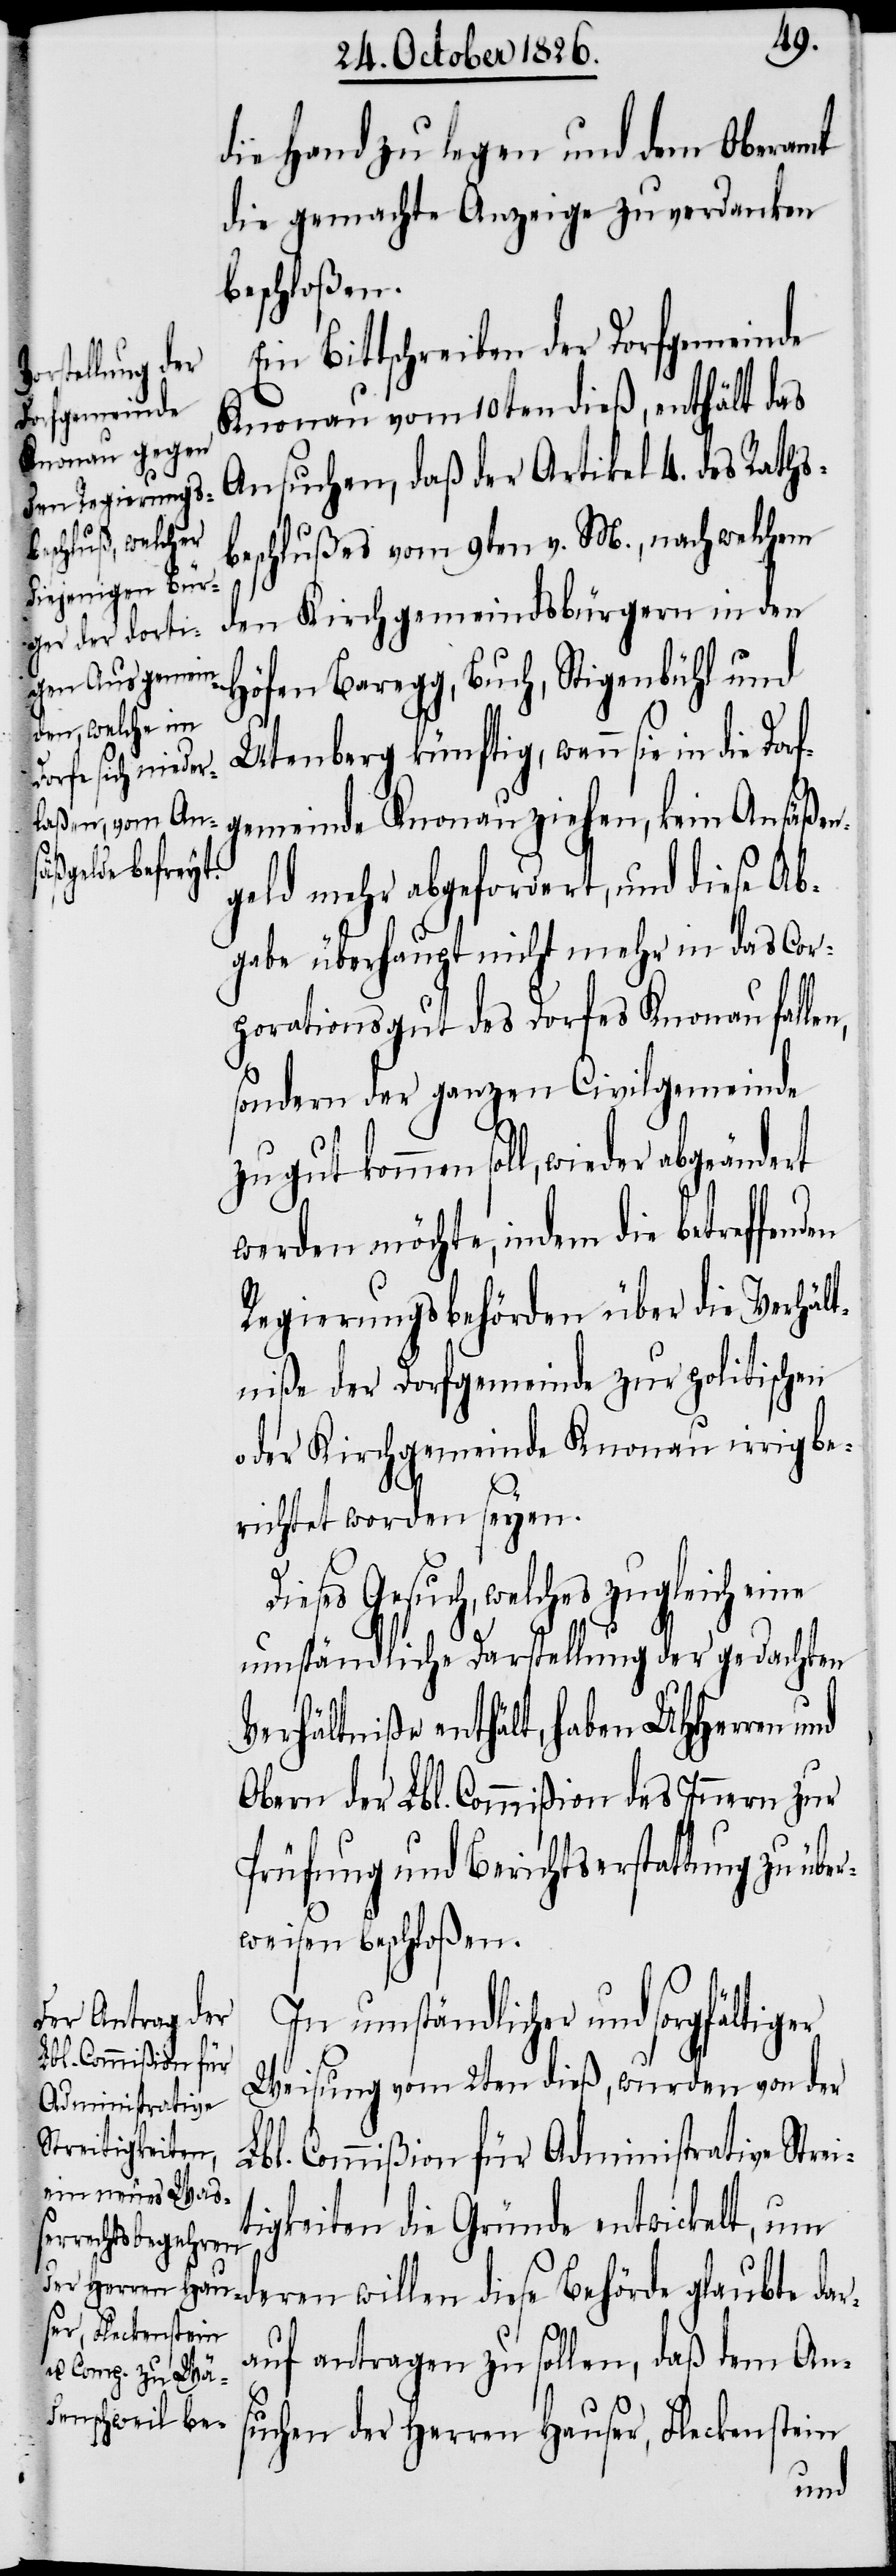
die Hand zu legen und dem Oberamt
die gemachte Anzeige zu verdanken
beschloßen.
Ein Bittschreiben der Dorfgemeinde
Knonau vom 10ten dieß, enthält das
Ansuchen, daß der Artikel 4. des Raths¬
beschlußes vom 9ten v. M., nach welchem
den Kirchgemeindsbürgern in den
Höfen Baregg, Buch, Stigenbühl und
Utenberg künftig, wenn sie in di¬
gemeinde Knonau ziehen, kein Ansäß¬
abgeändert
geld mehr abgefordert, und diese Ab¬
gabe überhaupt nicht mehr in das Cor¬
i¬
porationsgut des Dorfes Knonau falle¬
sondern der ganzen Civilgemeinde
zugutkommen soll, wieder
werden möchte, indem die betreffenden
Regierungsbehörden über die Verhält¬
niße der Dorfgemeinde zur politischen
oder Kirchgemeinde Knonau irrig be¬
richtet worden seyen.
Dieses Gesuch, welches zugleich eine
umständliche Darstellung der gedachten
Verhältniße enthält, haben UHHerren und
Obern der Lbl. Commißion des Innern zur
Prüfung und Berichtserstattung zu übe¬
rweisen beschloßen.
In umständlicher und sorgfältiger
Weisung vom 2ten dieß, wurden von der
Lbl. Commißion für Administrative Stre¬
tigkeiten die Gründe entwickelt, um
deren Willen diese Behörde glaubte dar¬
auf antragen zu sollen, daß dem An¬
suchen der Herren Hauser, Fleckenstein